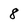
Character: 8